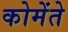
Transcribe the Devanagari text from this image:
कोमेंते